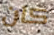
كان